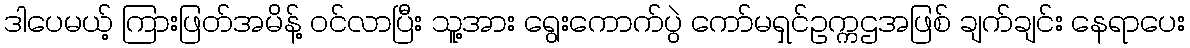
ဒါပေမယ့် ကြားဖြတ်အမိန့် ဝင်လာပြီး သူ့အား ရွေးကောက်ပွဲ ကော်မရှင်ဥက္ကဌအဖြစ် ချက်ချင်း နေရာပေး